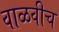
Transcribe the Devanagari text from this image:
वाळवीच